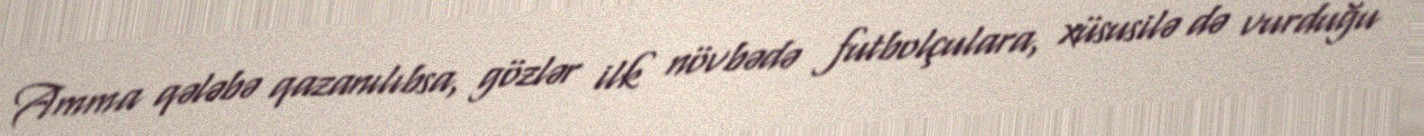
Amma qələbə qazanılıbsa, gözlər ilk növbədə futbolçulara, xüsusilə də vurduğu